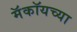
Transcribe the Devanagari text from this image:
मॅकॉयच्या